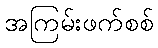
အကြမ်းဖက်စစ်